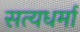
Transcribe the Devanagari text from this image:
सत्यधर्मा